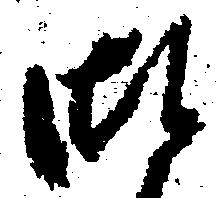
御